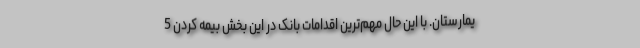
یمارستان. با این حال مهم‌ترین اقدامات بانک در این بخش بیمه کردن 5